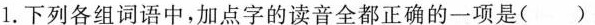
1.下列各组词语中，加点字的读音全都正确的一项是( )